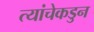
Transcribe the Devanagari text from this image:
त्यांचेकडुन